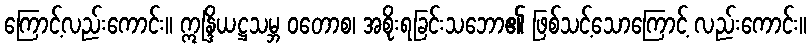
ကြောင့်လည်းကောင်း။ ဣန္ဒြိယဋ္ဌသမ္ဘ ဝတောစ၊ အစိုးရခြင်းသဘော၏ ဖြစ်သင့်သောကြောင့် လည်းကောင်း။